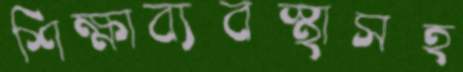
শিক্ষাব্যবস্থাসহ